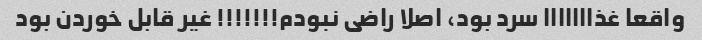
واقعا غذااااااا سرد بود، اصلا راضی نبودم!!!!!!! غیر قابل خوردن بود